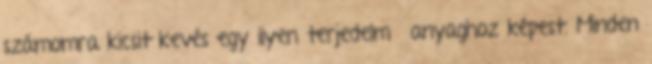
számomra kicsit kevés egy ilyen terjedelmű anyaghoz képest. Minden